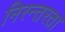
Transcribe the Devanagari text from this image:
निरन्‍तरता